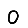
Digit: 0